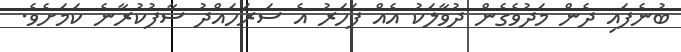
ބުނެފައި ދެން މަދުވެގެން ދުވާލަކު އެއް ފަހަރު އެ ސަރަހައްދު ސާފުކުރާނެ ކަމަށެވެ.